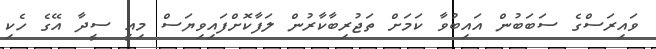
ވައިރަސްގެ ސަބަބުން އައިބުވާ ކަމަށް ތަޖުރިބާކާރުން ލަފާކޮށްފައިވިޔަސް މިއީ ސީދާ އޭގެ ހެކި